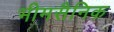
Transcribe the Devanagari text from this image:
भीमसैनिक